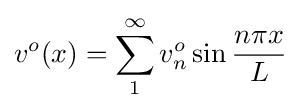
v^{o}(x)=\sum _{1}^{\infty }v_{n}^{o}\sin {\frac {n\pi x}{L}}